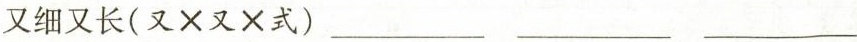
又细又长(又×又×式) ___ ___ ___